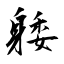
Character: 躷